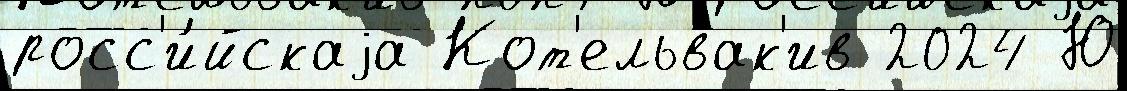
росс'и́йскаjа Кот'ельвак'ив 2024 Ю